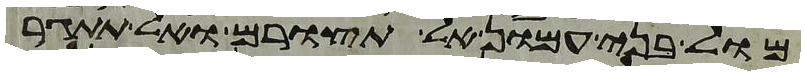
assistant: מול בני עמון אל תצורם ואל תתגר